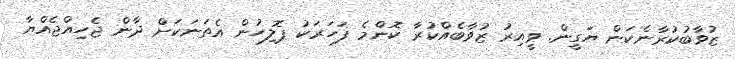
ޒުވާބުކުރާނެކަން ޔަގީން. ވީއިރު ޒުވާބެއްކުރާ ކޮންމެ ފަހަރަކު ޕޮލިހުން އެތަނަކަށް ދާން ޖެހިއްޖެއްޔާ